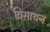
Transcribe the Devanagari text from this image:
विसायन